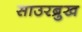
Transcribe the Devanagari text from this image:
साउरब्रुख